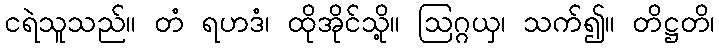
ငရဲသူသည်။ တံ ရဟဒံ၊ ထိုအိုင်သို့။ ဩဂ္ဂယှ၊ သက်၍။ တိဋ္ဌတိ၊